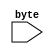
module issue (
    input [7:0] byte
);

    reg init1 = 0;
    //reg init2 = 0;
    
    initial begin
        init1 <= 0;
        //init2 <= 0;
    end

    always@(byte) begin
        if(init1 == 0) begin
            init1 <= 1;
        end else begin
            //if(init2 == 0) begin
            //    init2 <= 1;
            //end
            //else begin
            $display("issue");
            //end
        end
    end

endmodule